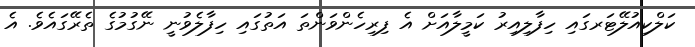
ކަލްކިއުލޭޓަރގައި ހިފާލިއިރު ކަމީލާއަށް އެ ފިރިހެންވަންތަ އަތުގައި ހިފާލެވުނީ ނޭގުމުގެ ތެރޭގައެވެ. އެ